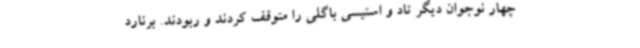
چهار نوجوان دیگر تاد و استیسی باگلی را متوقف کردند و ربودند. برنارد